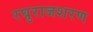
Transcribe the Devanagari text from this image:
रघुराजशरण